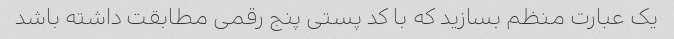
یک عبارت منظم بسازید که با کد پستی پنج رقمی مطابقت داشته باشد